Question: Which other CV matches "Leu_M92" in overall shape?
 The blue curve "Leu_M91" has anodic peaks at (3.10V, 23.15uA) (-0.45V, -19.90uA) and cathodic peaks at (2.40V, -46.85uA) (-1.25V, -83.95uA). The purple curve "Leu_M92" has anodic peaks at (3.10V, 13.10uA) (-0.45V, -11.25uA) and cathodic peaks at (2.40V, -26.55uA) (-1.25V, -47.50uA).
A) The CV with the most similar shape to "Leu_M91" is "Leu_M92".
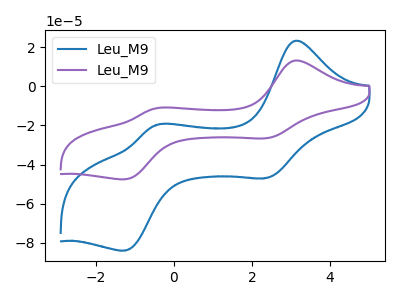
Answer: <think>All the peaks in "Leu_M91" have a peak in "Leu_M92" at the same potential.
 </think>
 <answer>A) The CV with the most similar shape to "Leu_M91" is "Leu_M92".</answer>
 <eval>A</eval>